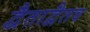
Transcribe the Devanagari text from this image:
द्वैताद्वैतव